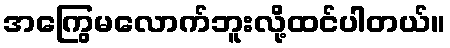
အကြွေမလောက်ဘူးလို့ထင်ပါတယ်။